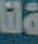
لنا